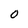
Character: 0